Indian journal of veterinary science and animal husbandry - Volume 4,
Year: 1934
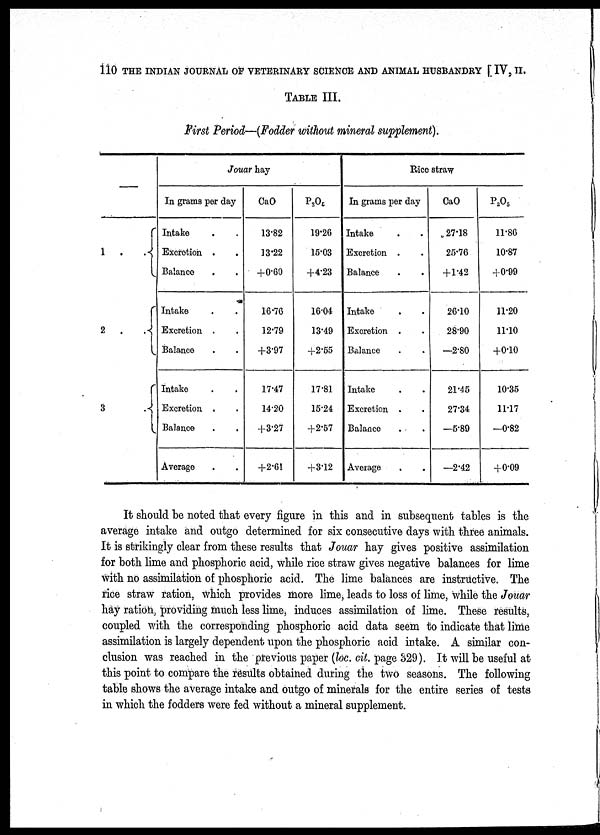
110 THE INDIAN JOURNAL OF VETERINARY SCIENCE AND ANIMAL HUSBANDRY [ IV, II.
TABLE III.
First Period—(Fodder without mineral supplement).
1 .
. {
2 . . {
3 . {
Jouar hay
In grams per day
Intake . .
Excretion . .
Balance . .
Intake . .
Excretion . .
Balance . .
Intake . .
Excretion . .
Balance . .
Average . .
CaO
13.82
13.22
+0.60
16.76
12.79
+3.97
17.47
14.20
+3.27
+2.61
P 2 O 5
19.26
15.03
+4.23
16.04
13.49
+2.55
17.81
15.24
+2.57
+3.12
Rice straw
In grams per day
Intake . .
Excretion . .
Balance . .
Intake . .
Excretion . .
Balance . .
Intake . .
Excretion . .
Balance . .
Average . .
CaO
27.18
25.76
+1.42
26.10
28.90
—2.80
21.45
27.34
—5.89
—2.42
P 2 O 5
11.86
10.87
+0.99
11.20
11.10
+0.10
10.35
11.17
—0.82
+0.09
It should be noted that every figure in this and in subsequent tables is the
average intake and outgo determined for six consecutive days with three animals.
It is strikingly clear from these results that Jouar hay gives positive assimilation
for both lime and phosphoric acid, while rice straw gives negative balances for lime
with no assimilation of phosphoric acid. The lime balances are instructive. The
rice straw ration, which provides more lime, leads to loss of lime, while the Jouar
hay ration, providing much less lime, induces assimilation of lime. These results,
coupled with the corresponding phosphoric acid data seem to indicate that lime
assimilation is largely dependent upon the phosphoric acid intake. A similar con¬
clusion was reached in the previous paper (loc. cit. page 329). It will be useful at
this point to compare the results obtained during the two seasons. The following
table shows the average intake and outgo of minerals for the entire series of tests
in which the fodders were fed without a mineral supplement.